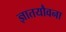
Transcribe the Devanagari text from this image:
ज्ञातयौवना